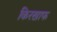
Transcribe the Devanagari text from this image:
किरखाफ